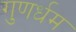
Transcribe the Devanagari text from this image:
गुणर्धम